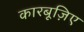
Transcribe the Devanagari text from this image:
कारबूज़िए